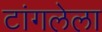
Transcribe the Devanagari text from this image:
टांगलेला